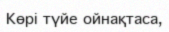
Көрі түйе ойнақтаса,